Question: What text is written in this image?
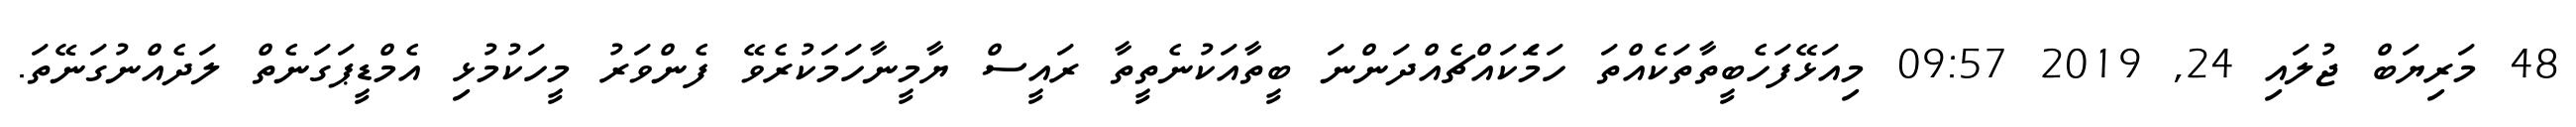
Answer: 48 މަރިޔަބް ޖުލައި 24, 2019 09:57 މިއަޅޭފަހެބީތާތަކެއްތަ ހަމަެކައްޗެއްދަންނަ ބީތާއަކުނެތީތާ ރައީސް ޔާމީނާހަމަކުރެވޭ ފެންވަރު މީހަކުމުޅި އެމްޑީޕަގަނެތް ލަދެއްނުގަނޭތަ.